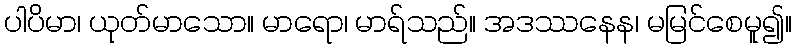
ပါပိမာ၊ ယုတ်မာသော။ မာရော၊ မာရ်သည်။ အဒဿနေန၊ မမြင်စေမူ၍။